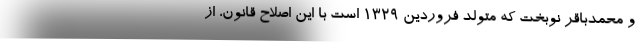
و محمدباقر نوبخت که متولد فروردین ۱۳۲۹ است با این اصلاح قانون، از